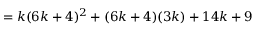
= k ( 6 k + 4 ) ^ { 2 } + ( 6 k + 4 ) ( 3 k ) + 1 4 k + 9